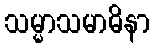
သမ္မာသမာဓိနာ